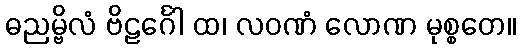
ဓညမ္ဗိလံ ဗိဠင်္ဂေါ ထ၊ လဝဏံ လောဏ မုစ္စတေ။